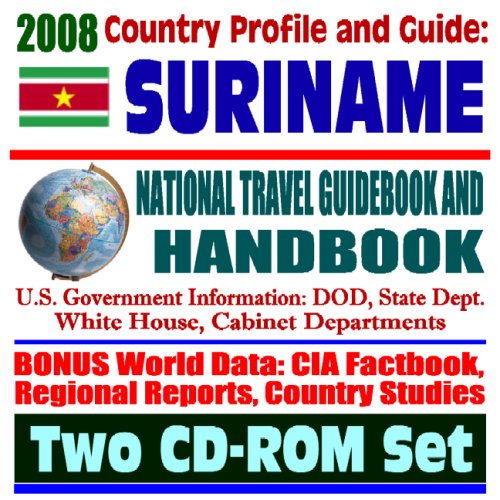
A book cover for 2008 Country Profile and Guide to Suriname - National Travel Guidebook and Handbook - Flood Relief, Carambola Fruit Fly, Caribbean Basin Initiative (Two CD-ROM Set); U.S. Government; Travel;